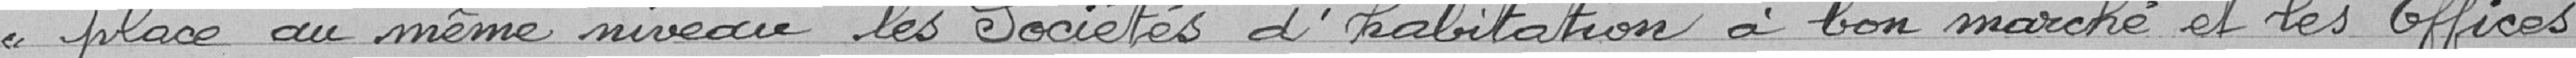
place au même niveau les sociétés d'habitation à bon marché et les offices